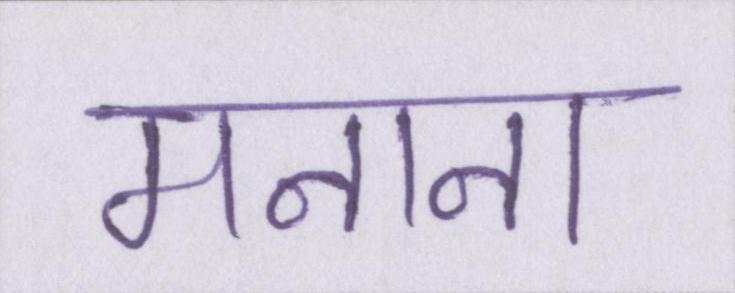
मनाना